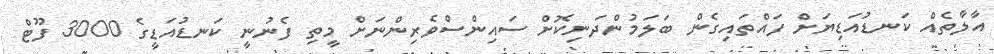
އާލާތެއް ކަނޑުއަޑިޔަށް ފައްތައިގެން ބަލަމުންދަނިކޮށް ސައިންސްވެރިންނަށް މީތި ފެނުނީ ކަނޑުއަޑީގެ 3000 ފޫޓް